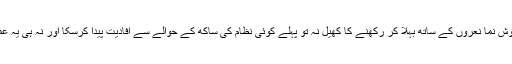
وگرنہ یہ نام نہاد جمہوریت یا قانون کی حکمرانی کا کھیل یا اس میں عوام کو محض خوش نما نعروں کے ساتھ بہلا کر رکھنے کا کھیل نہ تو پہلے کوئی نظام کی ساکھ کے حوالے سے افادیت پیدا کرسکا اور نہ ہی یہ عمل مستقبل کی جمہوری طرز کی سیاست میں کوئی نئے محفوظ راستے کھول سکے گا۔